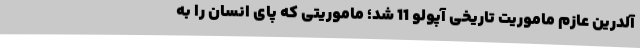
آلدرین عازم ماموریت تاریخی آپولو 11 شد؛ ماموریتی که پای انسان را به